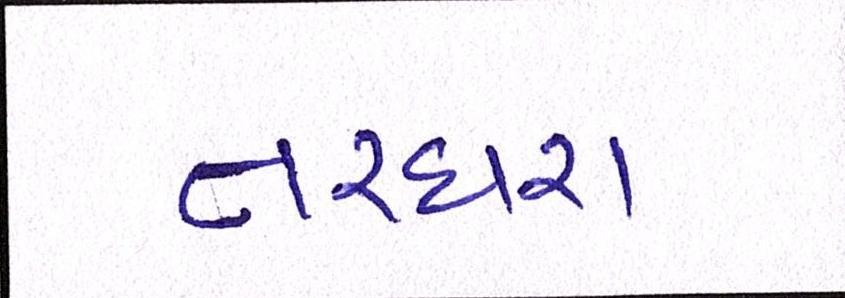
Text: તરઘરા